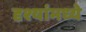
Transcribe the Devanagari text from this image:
दृश्यांमध्ये